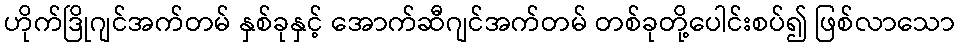
ဟိုက်ဒြိုဂျင်အက်တမ် နှစ်ခုနှင့် အောက်ဆီဂျင်အက်တမ် တစ်ခုတို့ပေါင်းစပ်၍ ဖြစ်လာသော